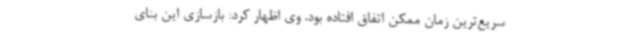
سریع‌ترین زمان ممکن اتفاق افتاده بود. وی اظهار کرد: بازسازی این بنای